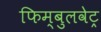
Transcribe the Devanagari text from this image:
फिम्बुलवेट्र